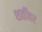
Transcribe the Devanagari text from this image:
शर्तींवर